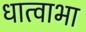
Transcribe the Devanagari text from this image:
धात्वाभा